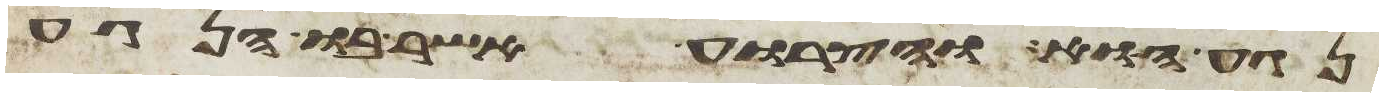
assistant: נגעו והצרוע אשר בו הנגע